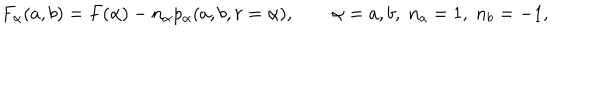
F _ { \alpha } ( a , b ) = F ( \alpha ) - n _ { \alpha } p _ { \alpha } ( a , b , r = \alpha ) , \qquad \alpha = a , b , \; n _ { a } = 1 , \; n _ { b } = - 1 ,